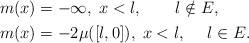
\begin{align*}\begin{aligned}&m(x)=-\infty, \; x< l, \qquad l \notin E, \\&m(x)=-2\mu([l,0]), \; x< l, \quad\; l\in E. \end{aligned}\end{align*}